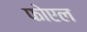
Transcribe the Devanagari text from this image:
फोएल